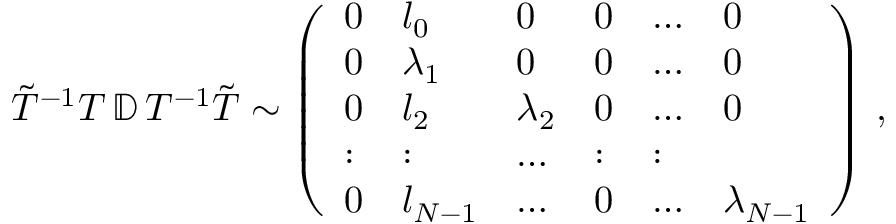
\begin{array} { r } { \tilde { T } ^ { - 1 } T \, \mathbb { D } \, T ^ { - 1 } \tilde { T } \sim \left( \begin{array} { l l l l l l } { 0 } & { l _ { 0 } } & { 0 } & { 0 } & { \dots } & { 0 } \\ { 0 } & { \lambda _ { 1 } } & { 0 } & { 0 } & { \dots } & { 0 } \\ { 0 } & { l _ { 2 } } & { \lambda _ { 2 } } & { 0 } & { \dots } & { 0 } \\ { : } & { : } & { \dots } & { : } & { : } \\ { 0 } & { l _ { N - 1 } } & { \dots } & { 0 } & { \dots } & { \lambda _ { N - 1 } } \end{array} \right) \, , } \end{array}